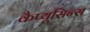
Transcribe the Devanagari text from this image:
कैप्यूसिन्स